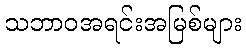
သဘာဝအရင်းအမြစ်များ